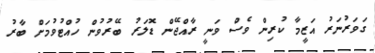
ގަވަރުނަރު އަޒީމާ ކުރިން ވެސް ވަނީ ރާއްޖޭން ޑޮލަރު ބޭރުވުން ހުއްޓުވުމަށް ބާރު